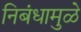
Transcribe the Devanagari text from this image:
निबंधामुळे